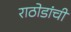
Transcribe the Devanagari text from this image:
राठोडांची